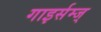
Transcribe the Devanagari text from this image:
गाइर्सम्ज्